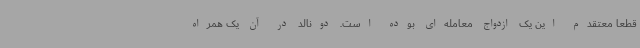
قطعا معتقدم این یک ازدواج معامله‌ای بوده است. دونالد در آن یک همراه